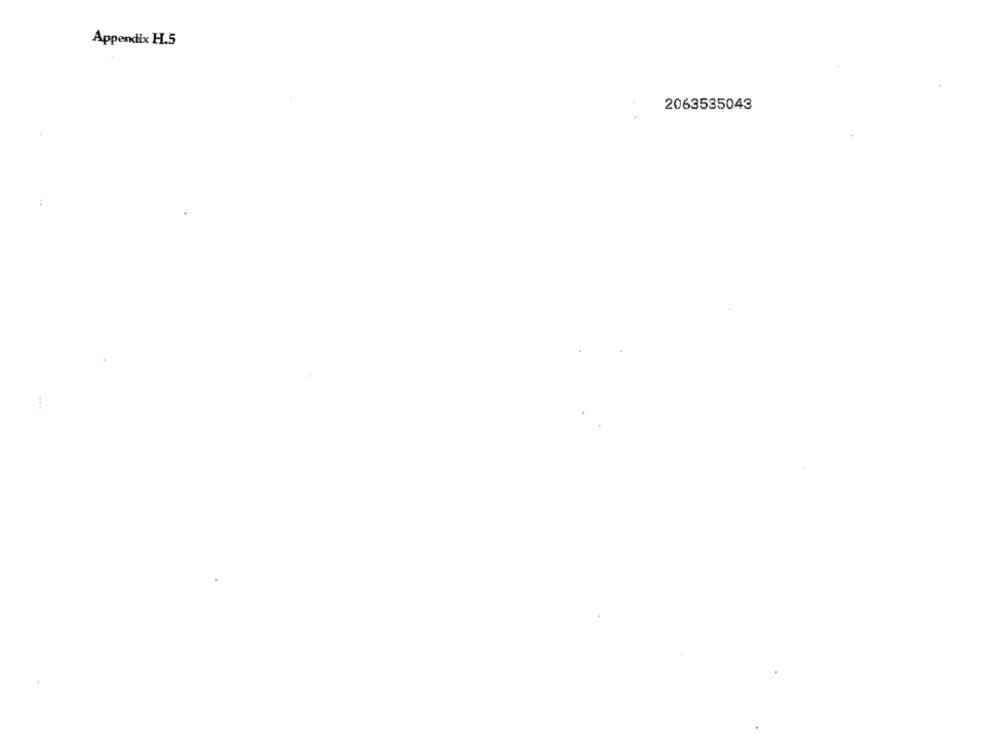
Appendix H.5
2063535043